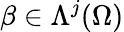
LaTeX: \beta\in\Lambda^{j}(\Omega)